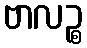
ဗာလဉ္စ